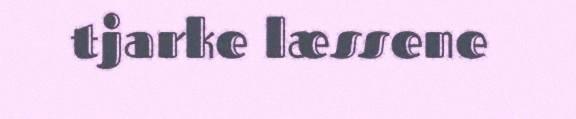
tjarke læssene